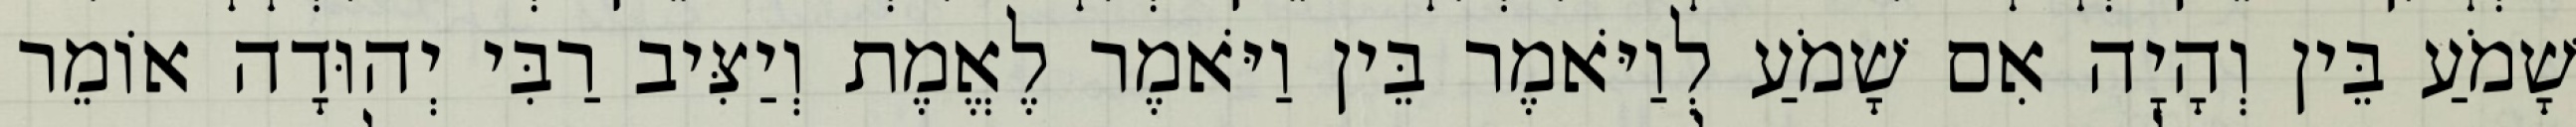
שָׁמֹעַ בֵּין וְהָיָה אִם שָׁמֹעַ לְוַיֹּאמֶר בֵּין וַיֹּאמֶר לֶאֱמֶת וְיַצִּיב רַבִּי יְהוּדָה אוֹמֵר